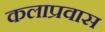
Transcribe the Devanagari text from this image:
कलाप्रवास